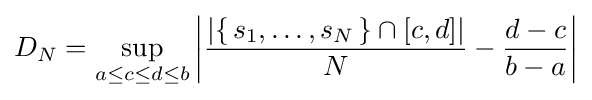
D_{N}=\sup _{a\leq c\leq d\leq b}\left\vert {\frac {\left|\{\,s_{1},\dots ,s_{N}\,\}\cap [c,d]\right|}{N}}-{\frac {d-c}{b-a}}\right\vert